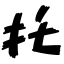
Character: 托